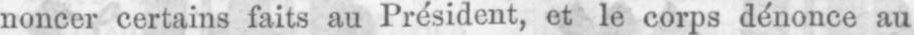
noncer certains faits au Président, et le corps dénonce au